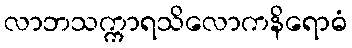
လာဘသက္ကာရသိလောကနိရောဓံ